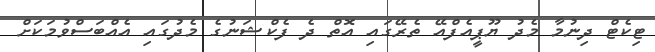
ޓިކެޓް ދިނުމާ މެދު ޔޫޕީއެފްއޭ ތެރޭގައި އޮތް ދެ ފެކްޝަނުގެ މެދުގައި އެއްބަސްވުމަކަށް